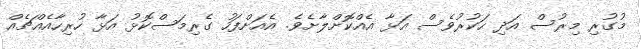
މުގުރި މިރުސް އަދި ހަކުރުވެސް އަޅާ އެއްކޮށްލާށެވެ. އެއަށްފަހު ގެރިމަސްކޮޅު އަޅާ ހުރިހާއެއްޗެއް